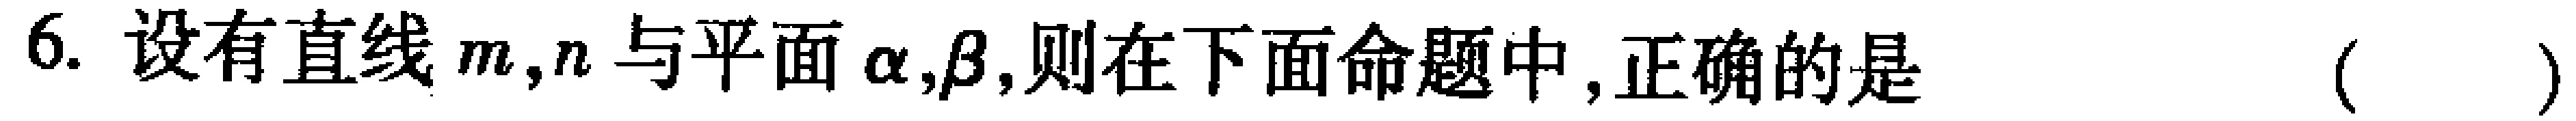
6. 设有直线$m,n$与平面$\alpha,\beta$,则在下面命题中,正确的是 （  ）